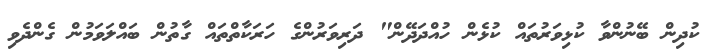
ކުދިން ބޭނުންވާ ކުޅިވަރުތައް ކުޅެން ހުއްދަދޭން" ދަރިވަރުންގެ ހަރަކާތްތައް ގާތުން ބައްލަވަމުން ގެންދެވި